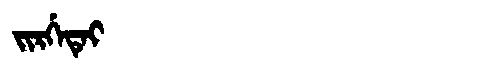
Manchu: ᠵᡳᡵᡤᡝᡨᡝᡳ
Romanization: JIRGETEI